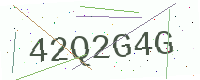
Text: 42Q2G4G